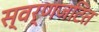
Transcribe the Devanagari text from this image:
स्वर्णजटित